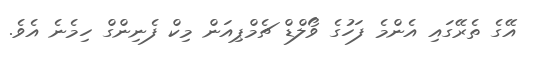
އޭގެ ތެރޭގައި އެންމެ ފަހުގެ ވޯލްޑް ޗެމްޕިއަން މިކް ފެނިންގް ހިމެނެ އެވެ.